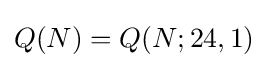
Q(N)=Q(N;24,1)